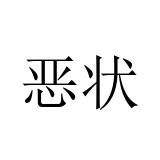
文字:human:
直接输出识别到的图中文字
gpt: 恶状